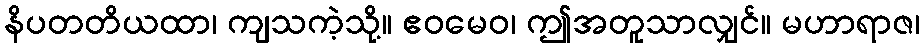
နိပတတိယထာ၊ ကျသကဲ့သို့။ ဧဝမေဝ၊ ဤအတူသာလျှင်။ မဟာရာဇ၊